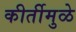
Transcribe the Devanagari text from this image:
कीर्तीमुळे